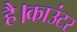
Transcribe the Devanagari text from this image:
है।काउंटर